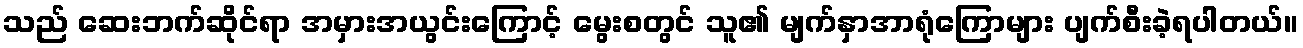
သည် ဆေးဘက်ဆိုင်ရာ အမှားအယွင်းကြောင့် မွေးစတွင် သူ၏ မျက်နှာအာရုံကြောများ ပျက်စီးခဲ့ရပါတယ်။